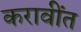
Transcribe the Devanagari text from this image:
करावींत